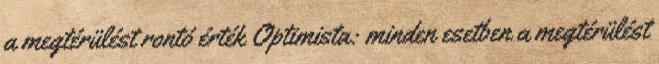
a megtérülést rontó érték Optimista: minden esetben a megtérülést